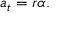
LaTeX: a _ { t } = r \alpha .